Civil Veterinary Dept. North-West Frontier Province 1901-22 - 1901-1922
Year: 1901
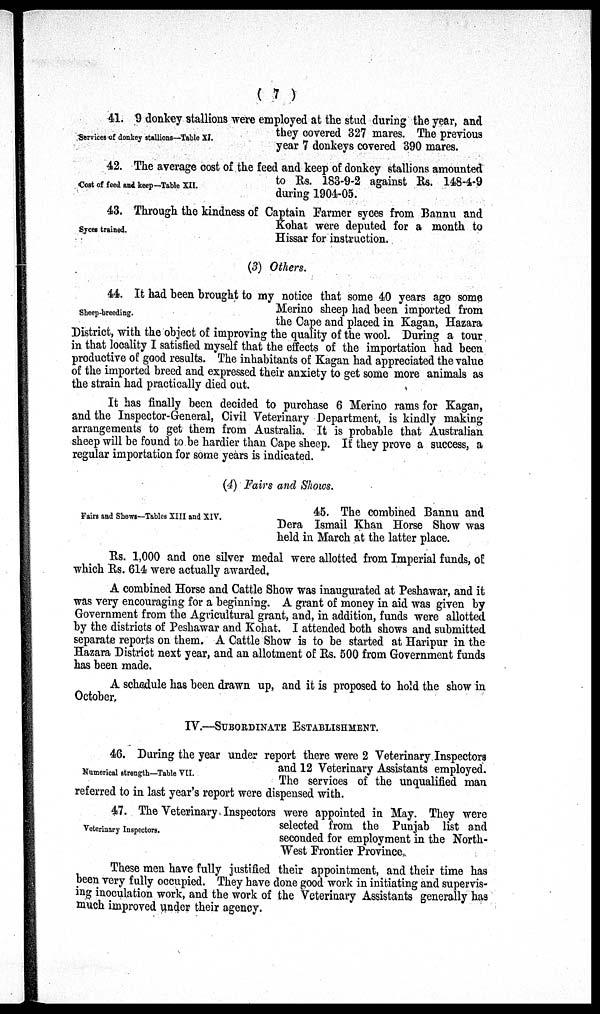
( 7 )
Services of donkey stallions—Table XI.
41. 9 donkey stallions were employed at the stud during the year, and
they covered 327 mares. The previous
year 7 donkeys covered 390 mares.
Cost of feed and keep—Table XII.
42. The average cost of the feed and keep of donkey stallions amounted
to Rs. 183-9-2 against Rs. 148-4-9
during 1904-05.
Syces trained.
43. Through the kindness of Captain Farmer syces from Bannu and
Kohat were deputed for a month to
Hissar for instruction.
(3) Others.
Sheep-breeding.
44. It had been brought to my notice that some 40 years ago some
Merino sheep had been imported from
the Cape and placed in Kagan, Hazara
District, with the object of improving the quality of the wool. During a tour
in that locality I satisfied myself that the effects of the importation had been
productive of good results. The inhabitants of Kagan had appreciated the value
of the imported breed and expressed their anxiety to get some more animals as
the strain had practically died out.
It has finally been decided to purchase 6 Merino rams for Kagan,
and the Inspector-General, Civil Veterinary Department, is kindly making
arrangements to get them from Australia. It is probable that Australian
sheep will be found to be hardier than Cape sheep. If they prove a success, a
regular importation for some years is indicated.
(4) Fairs and Shows.
Fairs and Shows—Tables XIII and XIV.
45. The combined Bannu and
Dera Ismail Khan Horse Show was
held in March at the latter place.
Rs. 1,000 and one silver medal were allotted from Imperial funds, of
which Rs. 614 were actually awarded.
A combined Horse and Cattle Show was inaugurated at Peshawar, and it
was very encouraging for a beginning. A grant of money in aid was given by
Government from the Agricultural grant, and, in addition, funds were allotted
by the districts of Peshawar and Kohat. I attended both shows and submitted
separate reports on them. A Cattle Show is to be started at Haripur in the
Hazara District next year, and an allotment of Rs. 500 from Government funds
has been made.
A schedule has been drawn up, and it is proposed to hold the show in
October.
IV.—SUBORDINATE ESTABLISHMENT.
Numerical strength—Table VII.
46. During the year under report there were 2 Veterinary Inspectors
and 12 Veterinary Assistants employed.
The services of the unqualified man
referred to in last year's report were dispensed with.
Veterinary Inspectors.
47. The Veterinary Inspectors were appointed in May. They were
selected from the Punjab list and
seconded for employment in the North-
West Frontier Province.
These men have fully justified their appointment, and their time has
been very fully occupied. They have done good work in initiating and supervis-
ing inoculation work, and the work of the Veterinary Assistants generally has
much improved under their agency.